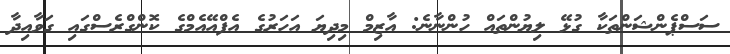
ސަސްޕެންޝަންތަކާ ގުޅޭ ލިޔުންތައް ހުންނާނެ: އާޒިމް މިދިޔަ އަހަރުގެ އެފްއޭއެމްގެ ކޮންގްރެސްގައި ގަވާއިދާ